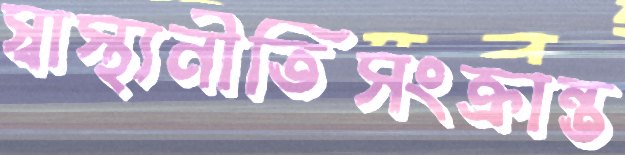
স্বাস্থ্যনীতিসংক্রান্ত